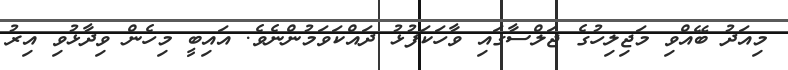
މިއަދު ބޭއްވި މަޖިލިހުގެ ޖަލްސާގައި ވާހަކަފުޅު ދައްކަވަމުންނެވެ. އައިބީ މިހެން ވިދާޅުވި އިރު